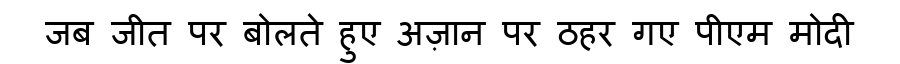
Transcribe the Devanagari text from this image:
जब जीत पर बोलते हुए अज़ान पर ठहर गए पीएम मोदी